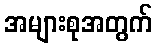
အများစုအတွက်